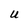
Character: U